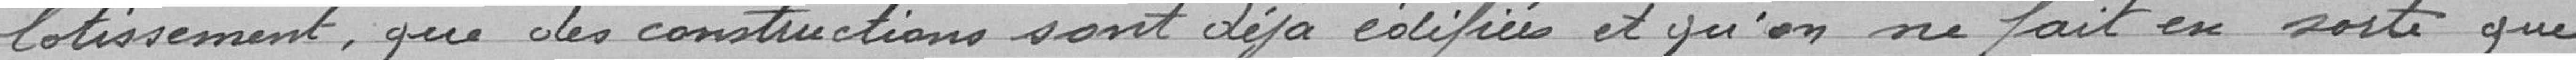
lotissement, que des constructions sont déjà cotifiées et qu'on ne fait en sorte que